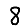
Digit: 8